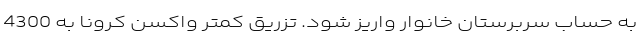
به حساب سربرستان خانوار واریز شود. تزریق کمتر واکسن کرونا به 4300